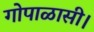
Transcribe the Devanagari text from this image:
गोपाळासी।